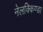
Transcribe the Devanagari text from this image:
नेलक्किण्डा